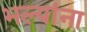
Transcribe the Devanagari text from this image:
भल्यांना